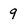
Character: 9